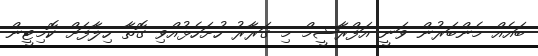
ބައެއް މެންބަރުން ވަނީ އަފްރާޝީމް މި ގަރާރު ހުށަހެޅުއްވި ގޮތާ ހިލާފަށް ކޮމިޓީން